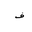
Letter: _fa